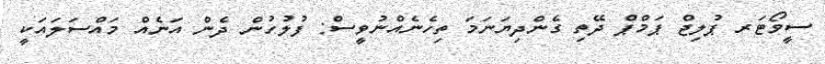
ސީވޯޓަރ ޕުލިޖް ޕަމްޕް ދޭތި ގެންދިޔަނަމަ ތިހެނެއްނުވީސް: ފުލުހުން ދެން އަނެއް މައްސަލައަކީ